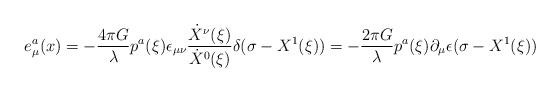
LaTeX: \begin{align*}e^a_\mu(x)=-\frac{4\pi G}{\lambda} p^a(\xi)\epsilon_{\mu\nu}{\dot X^\nu(\xi)\over \dot X^0(\xi)}\delta(\sigma-X^1(\xi))=-\frac{2\pi G}{\lambda} p^a(\xi)\partial_\mu \epsilon (\sigma-X^1(\xi))\end{align*}